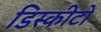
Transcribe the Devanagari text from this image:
डिस्कीटों